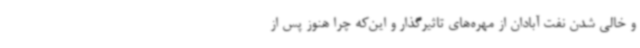
و خالی شدن نفت آبادان از مهره‌های تاثیرگذار و این‌که چرا هنوز پس از